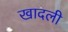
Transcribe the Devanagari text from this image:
खादली